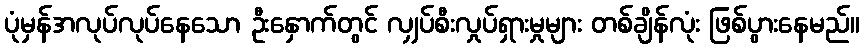
ပုံမှန်အလုပ်လုပ်နေသော ဦးနှောက်တွင် လျှပ်စီးလှုပ်ရှားမှုများ တစ်ချိန်လုံး ဖြစ်ပွားနေမည်။